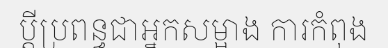
ប្តីប្រពន្ធជាអ្នកសម្អាង ការកំពុង